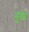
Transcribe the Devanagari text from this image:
नुत्फे